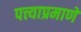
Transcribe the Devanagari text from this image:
पत्त्याप्रमाणे